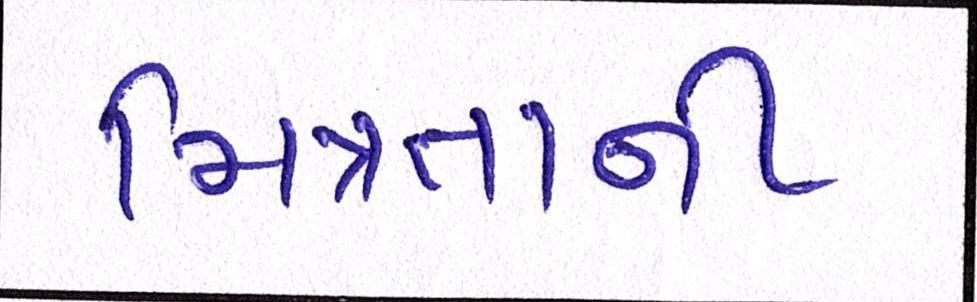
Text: મિત્રતાની